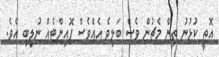
އޮތީ ކުޅުނު ތިން މެޗުން ވެސް ބަލިވެ އެއްވެސް ޕޮއިންޓެއް ނުލިބި އެވެ.